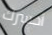
أخسرك